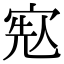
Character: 𡨷